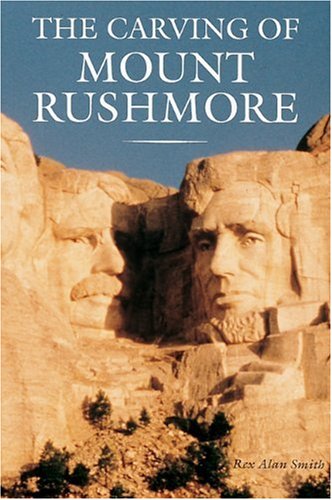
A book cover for The Carving of Mount Rushmore; Rex Alan Smith; Arts & Photography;